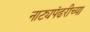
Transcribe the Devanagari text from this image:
नाट्यपंढरीच्या